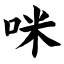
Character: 咪